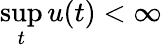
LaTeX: \operatorname*{sup}_{t}u(t)<\infty